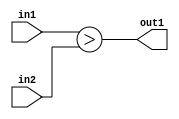
`timescale 1ps / 1ps
/*****************************************************************************
    Verilog RTL Description
    
    
    Created by: Stratus DpOpt 2019.1.01 
*******************************************************************************/

module SobelFilter_LessThan_2Ux2U_1U_1 (
	in2,
	in1,
	out1
	); /* architecture "behavioural" */ 
input [1:0] in2,
	in1;
output  out1;
wire  asc001;

assign asc001 = (in1>in2);

assign out1 = asc001;
endmodule

/* CADENCE  urfxTwA= : u9/ySgnWtBlWxVPRXgAZ4Og= ** DO NOT EDIT THIS LINE ******/